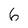
Character: 6